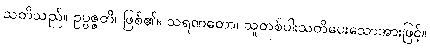
သတိသည်။ ဥပ္ပဇ္ဇတိ၊ ဖြစ်၏။ သရဏတော၊ သူတစ်ပါးသတိပေးသောအားဖြင့်။